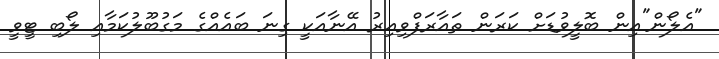
"އެލޯން"އިން ބޮލީވުޑަށް ކަރަން ތައާރަފްވިއިރު އޭނާއަކީ ގިނަ ބައެއްގެ މަގުބޫލުކަމާއި ލޯބި ޓީވީ